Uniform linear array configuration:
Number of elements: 4
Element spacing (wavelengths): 1
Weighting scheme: hamming
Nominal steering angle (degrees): -60
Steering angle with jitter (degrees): -61.89
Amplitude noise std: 0.05
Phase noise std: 0.05

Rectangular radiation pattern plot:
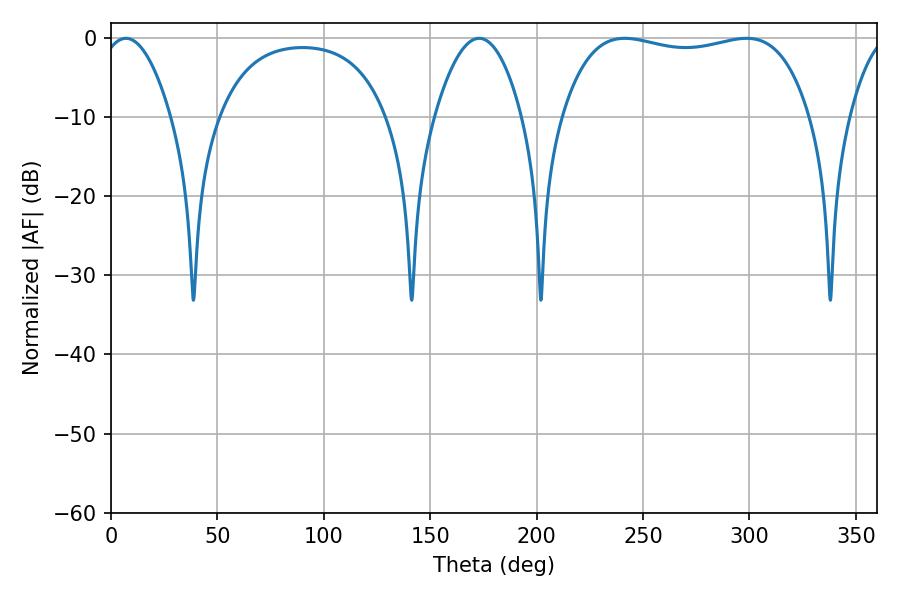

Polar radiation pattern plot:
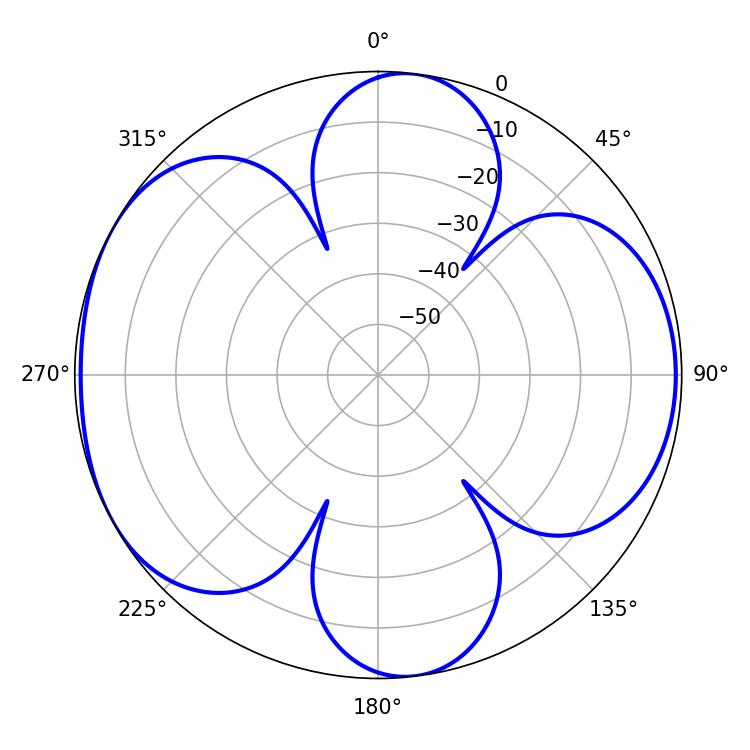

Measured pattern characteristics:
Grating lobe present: TRUE
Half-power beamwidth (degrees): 93.96
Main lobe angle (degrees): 298.62